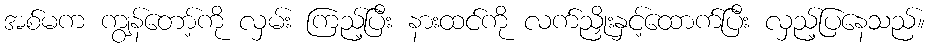
အစ်မက ကျွန်တော့်ကို လှမ်း ကြည့်ပြီး နားထင်ကို လက်ညှိုးနှင့်ထောက်ပြီး လှည့်ပြနေသည်။